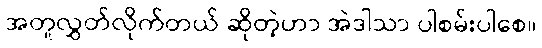
အတူလွှတ်လိုက်တယ် ဆိုတဲ့ဟာ အဲဒါသာ ပါစမ်းပါစေ။